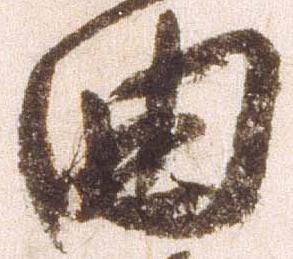
曲